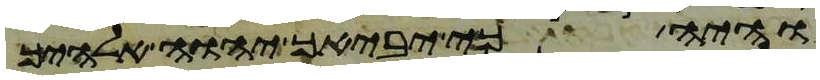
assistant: והיה כי יביאך יהוה אלהיך